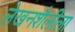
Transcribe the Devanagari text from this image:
लेखनशैलीला